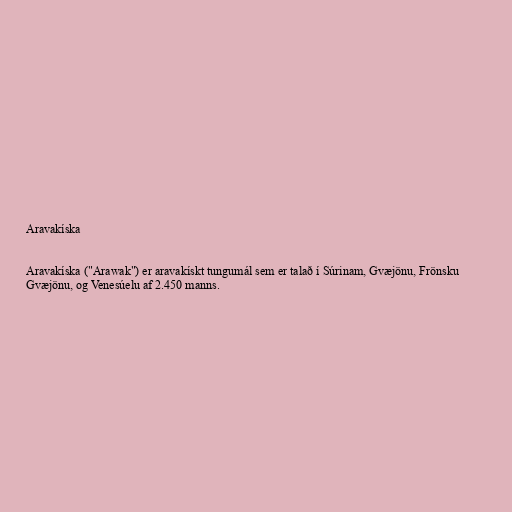
Aravakíska

Aravakíska ("Arawak") er aravakískt tungumál sem er talað í Súrinam, Gvæjönu, Frönsku
Gvæjönu, og Venesúelu af 2.450 manns.